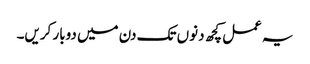
یہ عمل کچھ دنوں تک دن میں دوبار کریں۔